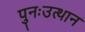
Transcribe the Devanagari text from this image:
पुनःउत्थान